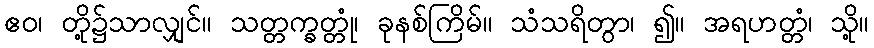
ဧဝ၊ တို့၌သာလျှင်။ သတ္တက္ခတ္တုံ၊ ခုနစ်ကြိမ်။ သံသရိတွာ၊ ၍။ အရဟတ္တံ၊ သို့။